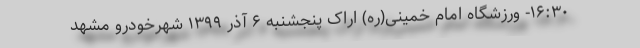
۱۶:۳۰- ورزشگاه امام خمینی(ره) اراک پنجشنبه ۶ آذر ۱۳۹۹ شهرخودرو مشهد